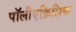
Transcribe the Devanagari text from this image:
पॉलीएक्रिलिक